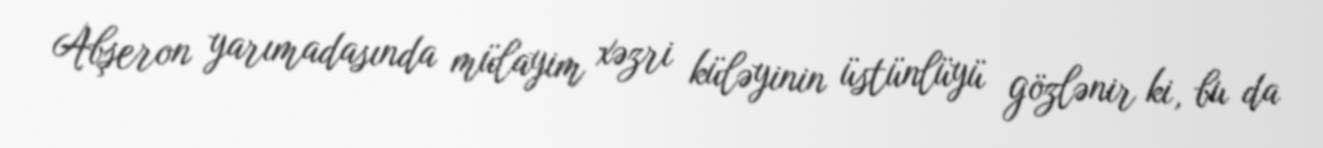
Abşeron yarımadasında mülayim xəzri küləyinin üstünlüyü gözlənir ki, bu da